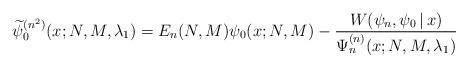
LaTeX: \begin{gather*} \widetilde{\psi }_{0}^{(n^{2})}(x;N,M,\lambda _{1})=E_{n}( N,M) \psi _{0}(x;N,M) -\frac{W(\psi _{n},\psi _{0}\,|\, x)}{ \Psi _{n}^{(n) }(x;N,M,\lambda _{1})}\end{gather*}